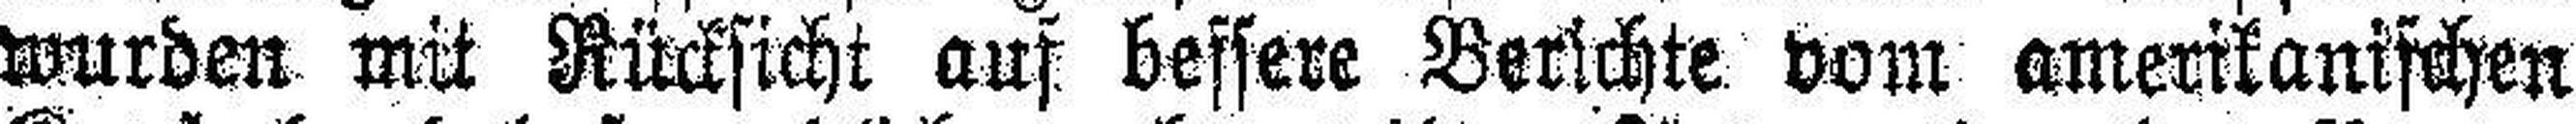
wurden mit Rücksicht auf bessere Berichte vom amerikanischen